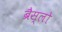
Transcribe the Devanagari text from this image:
ब्रैस्लो